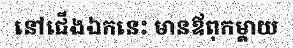
នៅជើងឯកនេះ មានឪពុកម្តាយ